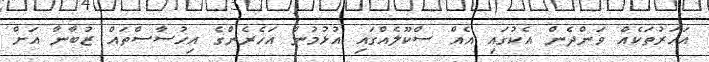
އަހަރުތަކެއް ވަންދެން އެކުގައި އެއް ސްކޫލެއްގައި އުޅުމުން އަހެރެންގެ އިހުސާސްތައް ޒުބާނާ އަށް